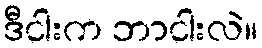
ဒီငါးက ဘာငါးလဲ။